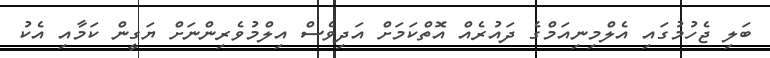
ބަލި ޖެހުމުގައި އެލްމިނިއަމްގެ ދައުރެއް އޮތްކަމަށް އަދިވެސް އިލްމުވެރިންނަށް ޔަގީން ކަމާއި އެކު